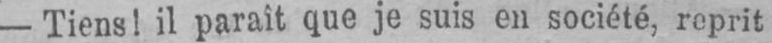
- Tiens! il parait que je suis en société, reprit